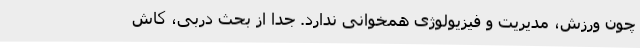
چون ورزش، مدیریت و فیزیولوژی همخوانی ندارد. جدا از بحث دربی، کاش